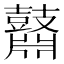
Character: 鼘